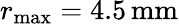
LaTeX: r_{\mathrm{max}}=4.5\, \mathrm{mm}